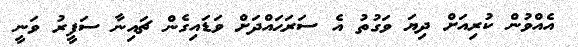
އެއްވުން ކުރިއަށް ދިޔަ ވަގުތު އެ ސަރަޙައްދަށް ވަޑައިގެން ޗައިނާ ސަފީރު ވަނީ